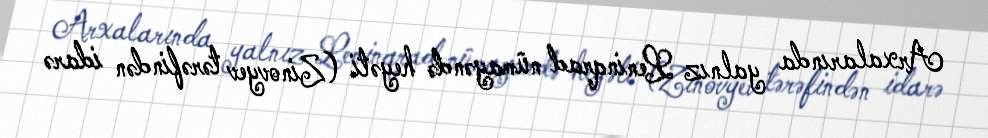
Arxalarında yalnız Leninqrad nümayəndə heyəti (Zinovyev tərəfindən idarə